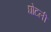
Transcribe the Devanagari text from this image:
घोटली